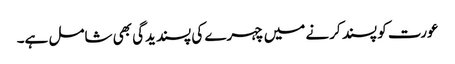
عورت کو پسند کرنے میں چہرے کی پسندیدگی بھی شامل ہے۔